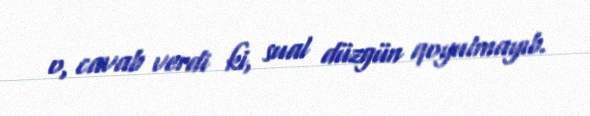
o, cavab verdi ki, sual düzgün qoyulmayıb.